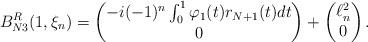
LaTeX: \begin{align*}B_{N3}^R(1,\xi_n)=\begin{pmatrix}-i(-1)^n \int_0^1 \varphi_1(t)r_{N+1}(t) dt\\ 0\end{pmatrix} +\begin{pmatrix}\ell^2_n\\0\end{pmatrix}.\end{align*}